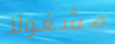
مشغولا